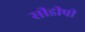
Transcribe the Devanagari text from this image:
सीडीपी